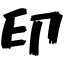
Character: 印